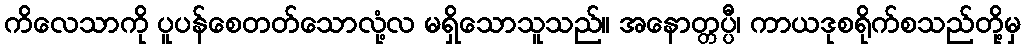
ကိလေသာကို ပူပန်စေတတ်သောလုံ့လ မရှိသောသူသည်။ အနောတ္တပ္ပီ၊ ကာယဒုစရိုက်စသည်တို့မှ